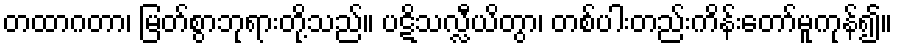
တထာဂတာ၊ မြတ်စွာဘုရားတို့သည်။ ပဋိသလ္လီယိတွာ၊ တစ်ပါးတည်းကိန်းတော်မူကုန်၍။